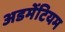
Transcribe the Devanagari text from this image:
अडमेंटियम